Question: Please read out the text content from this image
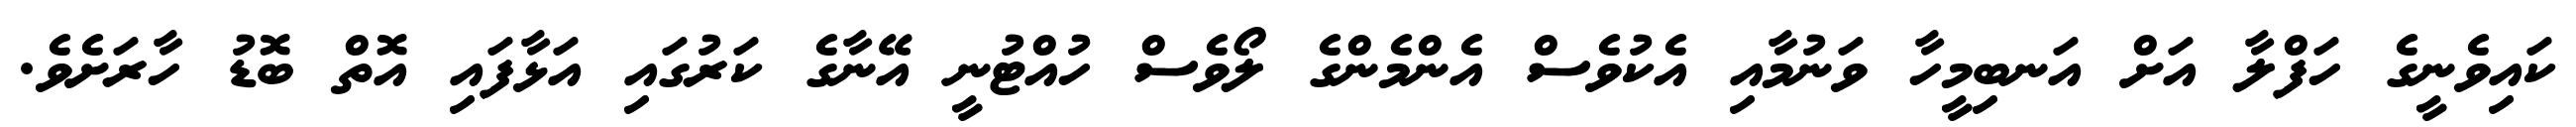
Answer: ކައިވެނީގެ ހަފްލާ އަށް އަނބިމީހާ ވަނުމާއި އެކުވެސް އެންމެންގެ ލޯވެސް ހުއްޓުނީ އޭނާގެ ކަރުގައި އަޅާފައި އޮތް ބޮޑު ހާރަށެވެ.